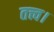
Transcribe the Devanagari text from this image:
तत्त्व।